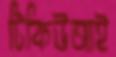
টিকিউআই